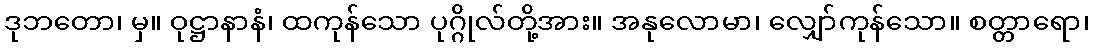
ဒုဘတော၊ မှ။ ဝုဋ္ဌာနာနံ၊ ထကုန်သော ပုဂ္ဂိုလ်တို့အား။ အနုလောမာ၊ လျှော်ကုန်သော။ စတ္တာရော၊